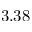
3 . 3 8